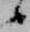
候